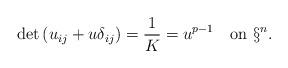
LaTeX: \begin{align*}\det\,(u_{ij}+u\delta_{ij})=\frac1K=u^{p-1}\quad\mbox{on }\S^n.\end{align*}